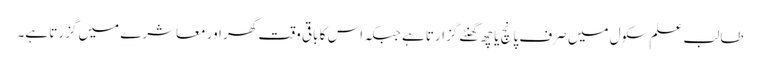
طالب علم سکول میں صرف پانچ یا چھ گھنٹے گزارتا ہے جبکہ اس کا باقی وقت گھر اور معاشرے میں گزرتا ہے۔